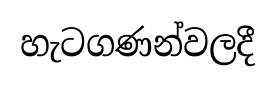
හැටගණන්වලදී